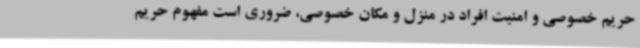
حریم خصوصی و امنیت افراد در منزل و مکان خصوصی، ضروری است مفهوم حریم